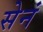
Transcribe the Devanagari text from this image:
सेनं